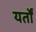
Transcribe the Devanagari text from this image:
यर्तों